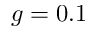
g = 0 . 1